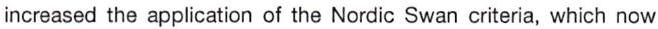
increased the application of the Nordic Swan criteria, which now